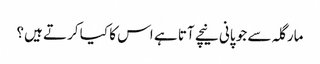
مارگلہ سے جو پانی نیچے آتا ہے اس کا کیا کرتے ہیں؟